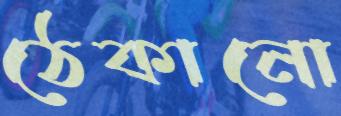
ঠেকানো